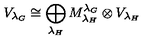
V _ { { \lambda _ { G } } } \cong \bigoplus _ { { \lambda _ { H } } } M _ { \lambda _ { H } } ^ { \lambda _ { G } } \otimes V _ { { \lambda _ { H } } }